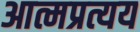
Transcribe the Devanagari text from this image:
आत्मप्रत्यय